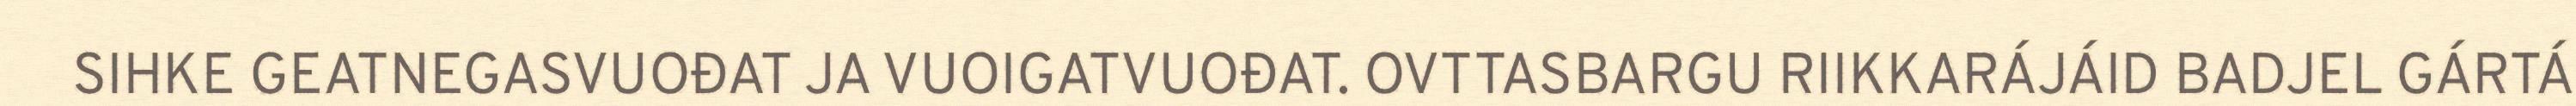
SIHKE GEATNEGASVUOĐAT JA VUOIGATVUOĐAT. OVTTASBARGU RIIKKARÁJÁID BADJEL GÁRTÁ